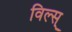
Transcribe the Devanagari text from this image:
विल्स्